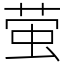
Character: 萤